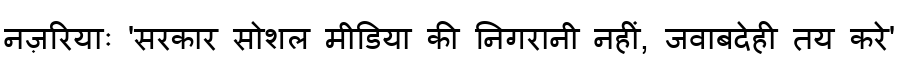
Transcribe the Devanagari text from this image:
नज़रियाः 'सरकार सोशल मीडिया की निगरानी नहीं, जवाबदेही तय करे'